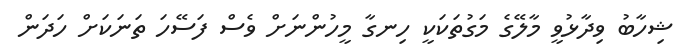
ޝިހާބު ވިދާޅުވީ މާލޭގެ މަގުތަކަކީ ހިނގާ މީހުންނަށް ވެސް ފަސޭހަ ތަނަކަށް ހަދަން